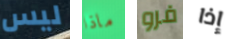
ليس ماذا فرو إذا